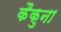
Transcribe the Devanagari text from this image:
कैकुना